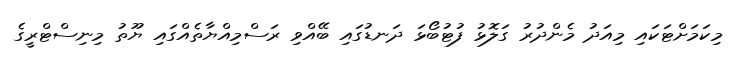
މިކަމަށްޓަކައި މިއަދު މެންދުރު ގަލޮޅު ފުޓުބޯޅަ ދަނޑުގައި ބޭއްވި ރަސްމިއްޔާތެއްގައި ޔޫތު މިނިސްޓްރީގެ